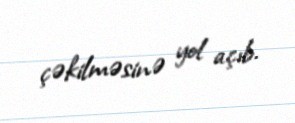
çəkilməsinə yol açıb.